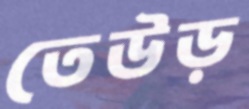
তেউড়